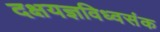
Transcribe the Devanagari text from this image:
दक्षयज्ञविध्वसंक